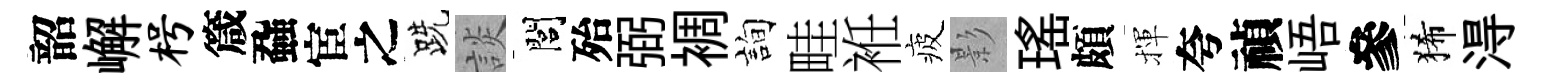
韶嶰枵箴蝨宦之跣談閭殆弼裯詢畦袵疲影瑤頗揮夸禎峿參狶淂